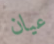
عيان